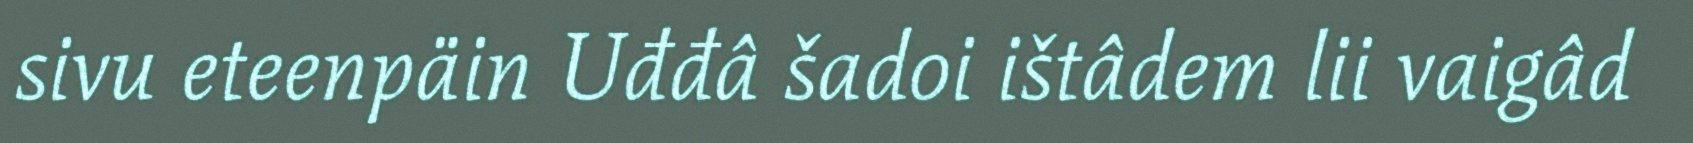
sivu eteenpäin Uđđâ šadoi ištâdem lii vaigâd